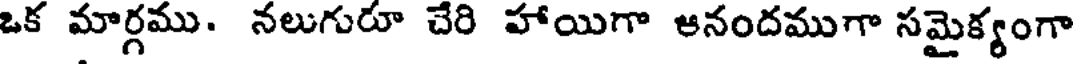
ఒక మార్గము. నలుగురూ చేరి హాయిగా ఆనందముగా సమైక్యంగా